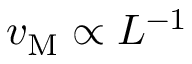
v _ { \mathrm { M } } \propto L ^ { - 1 }